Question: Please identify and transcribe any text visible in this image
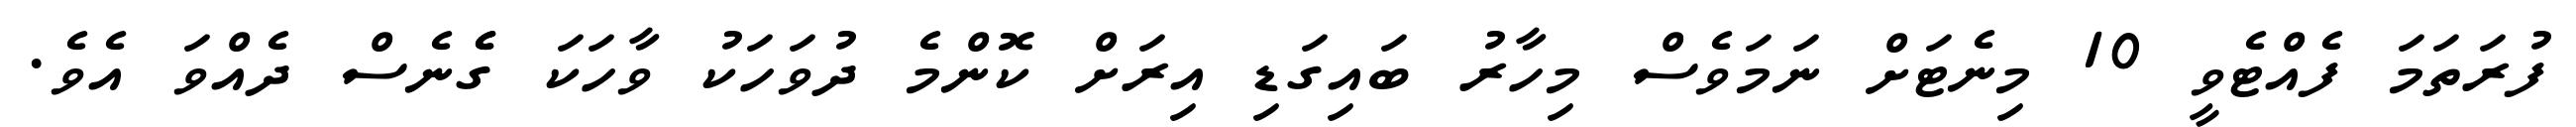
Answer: ފުރަތަމަ ފެއްޓެވީ 10 މިނެޓަށް ނަމަވެސް މިހާރު ބައިގަޑި އިރަށް ކޮންމެ ދުވަހަކު ވާހަކަ ގެެނެސް ދެއްވަ އެވެ.